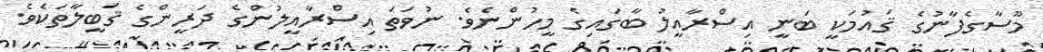
މޫސާގެފާނުގެ ޤައުމަކީ ބަނީ އިސްރާއީލު ބާގައިގެ މީހުންނެވެ. ނުވަތަ އިސްރާއީލުންގެ ދަރީންގެ ޤަބީލާތަކެވެ.